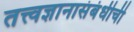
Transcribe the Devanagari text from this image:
तत्त्वज्ञानासंबंधीची